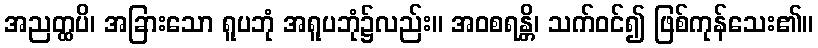
အညတ္ထပိ၊ အခြားသော ရူပဘုံ အရူပဘုံ၌လည်း။ အဝစရန္တိ၊ သက်ဝင်၍ ဖြစ်ကုန်သေး၏။